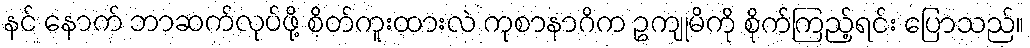
နင် နောက် ဘာဆက်လုပ်ဖို့ စိတ်ကူးထားလဲ ကုစာနာဂိက ဥကျုမိကို စိုက်ကြည့်ရင်း ပြောသည်။